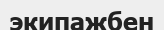
экипажбен